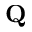
\mathbf { Q }